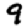
Digit: 9